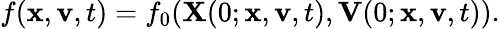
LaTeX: \begin{array}{r}{f(\mathbf{x},\mathbf{v},t)=f_{0}(\mathbf{X}(0;\mathbf{x},\mathbf{v},t),\mathbf{V}(0;\mathbf{x},\mathbf{v},t)).}\end{array}